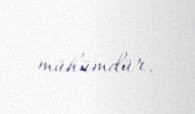
mühümdür.